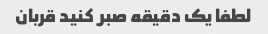
لطفا یک دقیقه صبر کنید قربان